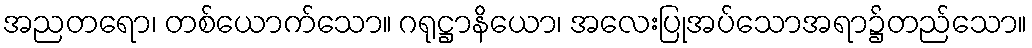
အညတရော၊ တစ်ယောက်သော။ ဂရုဋ္ဌာနိယော၊ အလေးပြုအပ်သောအရာ၌တည်သော။